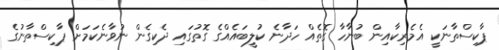
ޕާކިސްތާނަކީ އެމެރިކާއިން ބުނާހާ ގޮތެއް ހަދާނެ ކުލީބައެއްގެ ގޮތުގައި ދެކިގެން ނުވާނެކަމަށް ޕާކިސްތާނުގެ